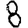
Digit: 8